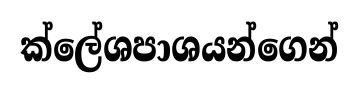
ක්ලේශපාශයන්ගෙන්